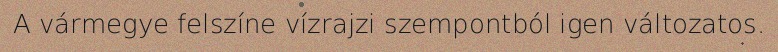
A vármegye felszíne vízrajzi szempontból igen változatos.